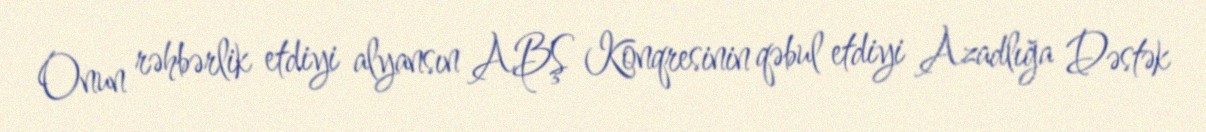
Onun rəhbərlik etdiyi alyansın ABŞ Konqresinin qəbul etdiyi Azadlığa Dəstək